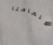
اهتمامنا